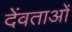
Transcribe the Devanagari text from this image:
देंवताओं